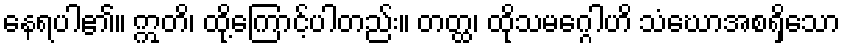
နေရပါ၏။ ဣတိ၊ ထို့ကြောင့်ပါတည်း။ တတ္ထ၊ ထိုသမဂ္ဂေါဟိ သံဃောအစရှိသော